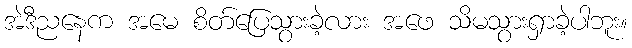
အဲဒီညနေက အမေ စိတ်ပြေသွားခဲ့လား အဖေ သိမသွားရှာခဲ့ပါဘူး။